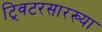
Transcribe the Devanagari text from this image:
ट्विटरसारख्या